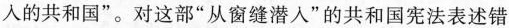
入的共和国”。对这部”从窗缝潜入”的共和国宪法表述错